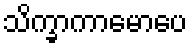
သိက္ခာကာမောပေ